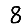
Digit: 8